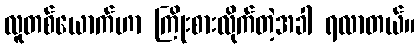
လူတစ်ယောက်ဟာ ကြိုးစားလိုက်တဲ့အခါ ရလာတယ်။